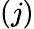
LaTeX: (j)